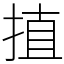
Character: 㨁